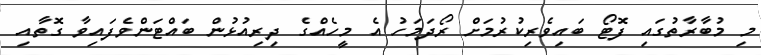
މި މުބާރާތުގައި ފޮޓޯ ބައިވެރިކުރުމަށް ރޯދަމަހު އެ މީހެއްގެ ދިރިއުޅުން ބައްޓަންވެފައިވާ ގޮތާއި